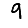
Digit: 9